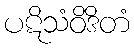
ပဋိသံဝိဒိတံ